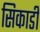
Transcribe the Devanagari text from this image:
सिकार्डी